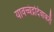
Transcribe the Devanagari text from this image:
यावच्चंद्रदिवाकरौ